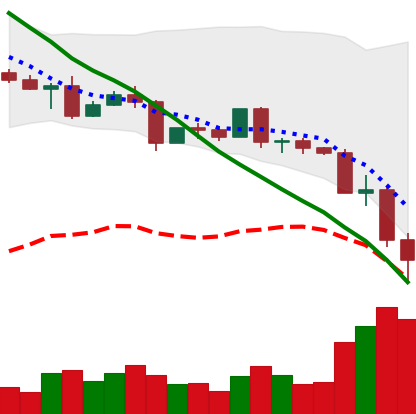
Ticker: EOS-USD
Chart end date: 2022-05-12
Forward return: 7.958%
Label: up_7plus